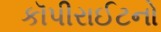
કૉપીરાઈટનો